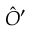
{ \hat { O } } ^ { \prime }